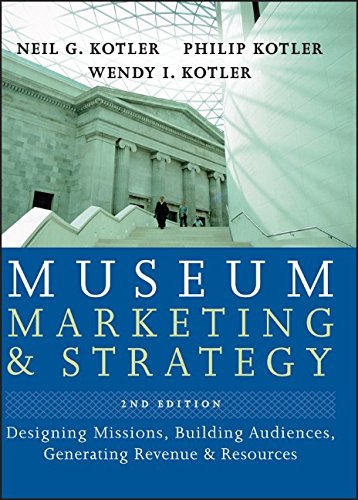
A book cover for Museum Marketing and Strategy: Designing Missions, Building Audiences, Generating Revenue and Resources; Neil G. Kotler; Business & Money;